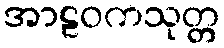
အာဠဝကသုတ္တ